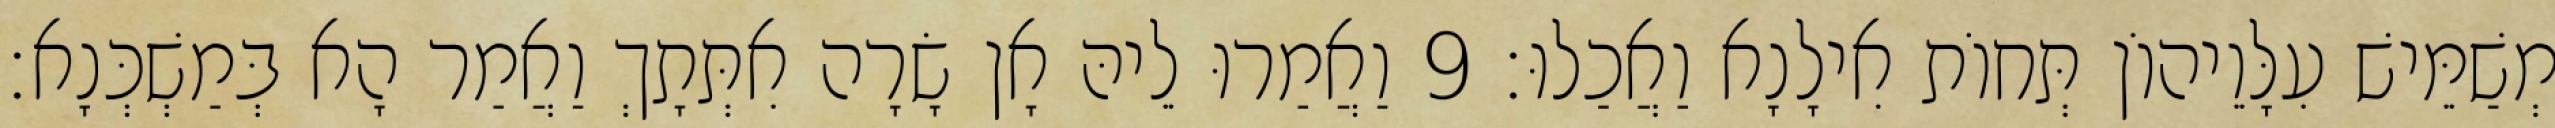
מְשַׁמֵּישׁ עִלָּוֵיהוֹן תְּחוֹת אִילָנָא וַאֲכַלוּ׃ 9 וַאֲמַרוּ לֵיהּ אָן שָׂרָה אִתְּתָךְ וַאֲמַר הָא בְּמַשְׁכְּנָא׃